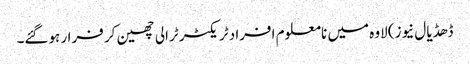
ڈھڈیال نیوز) لاوہ میں نامعلوم افراد ٹریکٹر ٹرالی چھین کر فرار ہوگئے۔